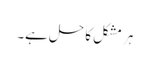
ہر مشکل کا حل ہے۔